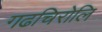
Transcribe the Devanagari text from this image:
गढचिरोलि